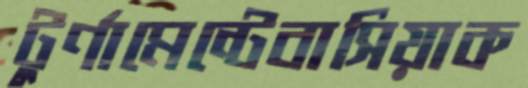
টুর্ণামেন্টেবাসিয়াক